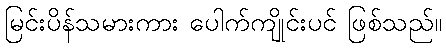
မြင်းပိန်သမားကား ပေါက်ကျိုင်းပင် ဖြစ်သည်။